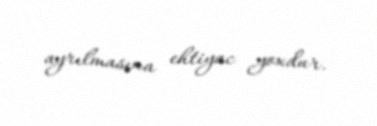
ayrılmasına ehtiyac yoxdur.